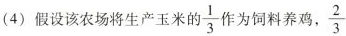
(4)假设该农场将生产玉米的 \frac{1}{3} 作为饲料养鸡， \frac{2}{3}